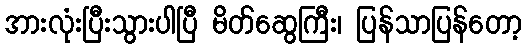
အားလုံးပြီးသွားပါပြီ မိတ်ဆွေကြီး၊ ပြန်သာပြန်တော့